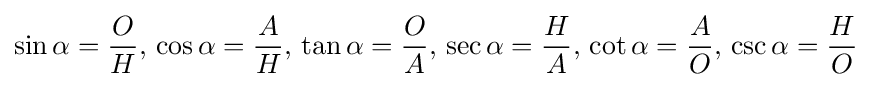
\sin \alpha ={\frac {O}{H}},\,\cos \alpha ={\frac {A}{H}},\,\tan \alpha ={\frac {O}{A}},\,\sec \alpha ={\frac {H}{A}},\,\cot \alpha ={\frac {A}{O}},\,\csc \alpha ={\frac {H}{O}}